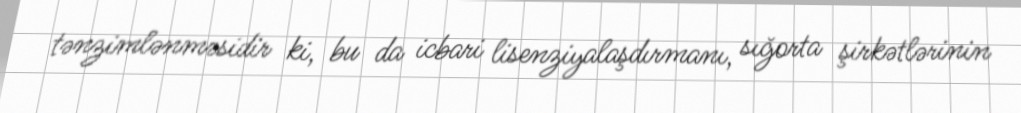
tənzimlənməsidir ki, bu da icbari lisenziyalaşdırmanı, sığorta şirkətlərinin